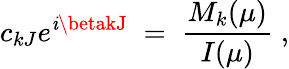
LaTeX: c_{kJ}e^{\mathit{i}\betakJ}\; =\; \frac{{M_{k}(\mu)}}{{I(\mu)}}\; ,